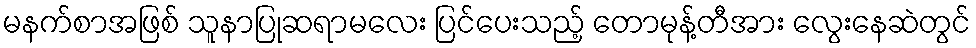
မနက်စာအဖြစ် သူနာပြုဆရာမလေး ပြင်ပေးသည့် တောမုန့်တီအား လွေးနေဆဲတွင်